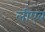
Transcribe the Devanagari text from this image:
लीएब